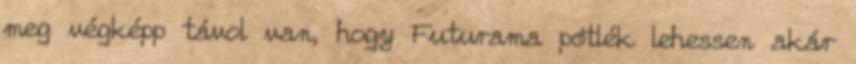
meg végképp távol van, hogy Futurama pótlék lehessen akár